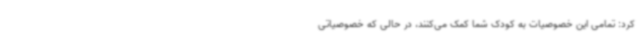
کرد: تمامی این خصوصیات به کودک شما کمک می‌کنند، در حالی که خصوصیاتی